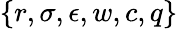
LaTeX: \{ r,\sigma,\epsilon,w,c,q\}